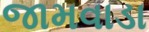
જામવાડા